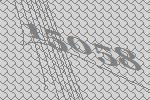
15058